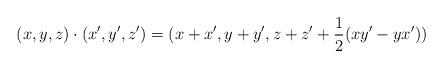
LaTeX: \begin{align*}(x,y,z)\cdot(x',y',z')=(x+x',y+y',z+z'+\frac{1}{2}(xy'-yx'))\end{align*}